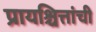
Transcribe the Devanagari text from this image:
प्रायश्चित्तांची